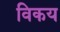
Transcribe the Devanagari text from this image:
विकय